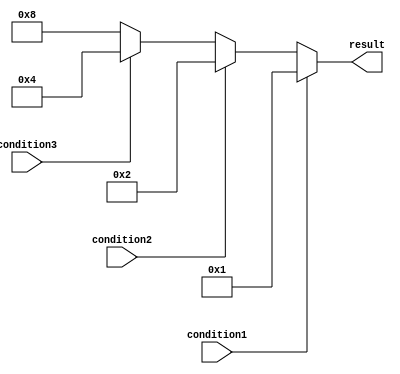
module multiple_if_else(
    input wire condition1,
    input wire condition2,
    input wire condition3,
    output reg [3:0] result
);

always @(*)
begin
    if(condition1)
    begin
        result <= 4'b0001;
    end
    else if(condition2)
    begin
        result <= 4'b0010;
    end
    else if(condition3)
    begin
        result <= 4'b0100;
    end
    else
    begin
        result <= 4'b1000;
    end
end

endmodule